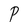
Character: P